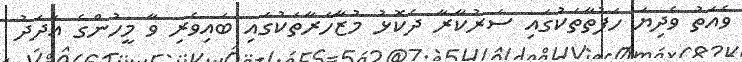
ވެއަތު ވެދިޔަ ހަފުތާތަކުގައި ސަރުކާރާ ދެކޮޅު މުޒާހަރާތަކުގައި ބައިވެރި ވާ މީހުންގެ އަދަދު